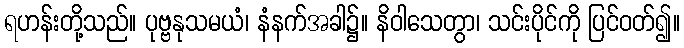
ရဟန်းတို့သည်။ ပုဗ္ဗနုသမယံ၊ နံနက်အခါ၌။ နိဝါသေတွာ၊ သင်းပိုင်ကို ပြင်ဝတ်၍။